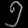
Digit: ၅